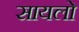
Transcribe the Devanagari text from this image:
सायलो